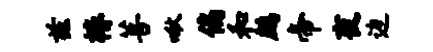
兹椿菩啾偏和鹧帝夜边